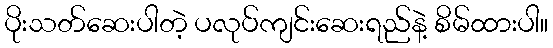
ပိုးသတ်ဆေးပါတဲ့ ပလုပ်ကျင်းဆေးရည်နဲ့ စိမ်ထားပါ။